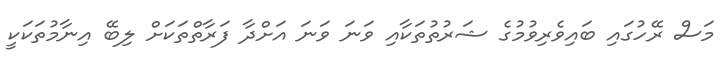
މަސް ރޭހުގައި ބައިވެރިވުމުގެ ޝަރުތުތަކާއި ވަނަ ވަނަ އަށްދާ ފަރާތްތަކަށް ލިބޭ އިނާމުތަކަކީ